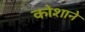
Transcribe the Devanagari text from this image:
कोशाने